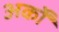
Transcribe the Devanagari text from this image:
अर्कों